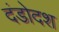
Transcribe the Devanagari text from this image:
दंडोदश